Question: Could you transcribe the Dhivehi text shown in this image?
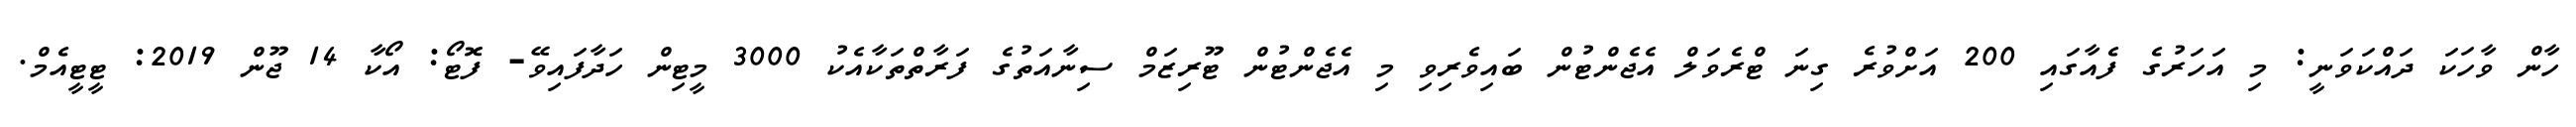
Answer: ހާން ވާހަކަ ދައްކަވަނީ: މި އަހަރުގެ ފެއާގައި 200 އަށްވުރެ ގިނަ ޓްރެވަލް އެޖެންޓުން ބައިވެރިވި މި އެޖެންޓުން ޓޫރިޒަމް ސިނާއަތުގެ ފަރާތްތަކާއެކު 3000 މީޓިން ހަދާފައިވޭ- ފޮޓޯ: އޯކާ 14 ޖޫން 2019: ޓީޓީއެމް.